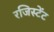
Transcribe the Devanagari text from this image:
रजिस्टेंट